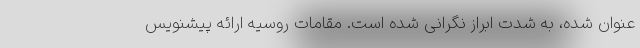
عنوان شده، به شدت ابراز نگرانی شده است. مقامات روسیه ارائه پیشنویس